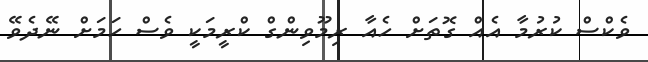
ވެކްސް ކުރުމާ އެއް ގޮތަށް ހެއާ ރިމޫވިންގް ކްރީމަކީ ވެސް ހަމަށް ނޭދެވޭ